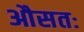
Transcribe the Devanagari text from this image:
औसतः